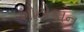
શોટોકાન